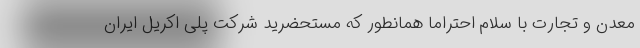
معدن و تجارت با سلام احتراماً همانطور که مستحضرید شرکت پلی اکریل ایران